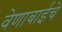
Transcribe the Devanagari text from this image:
वेणाबाईचे